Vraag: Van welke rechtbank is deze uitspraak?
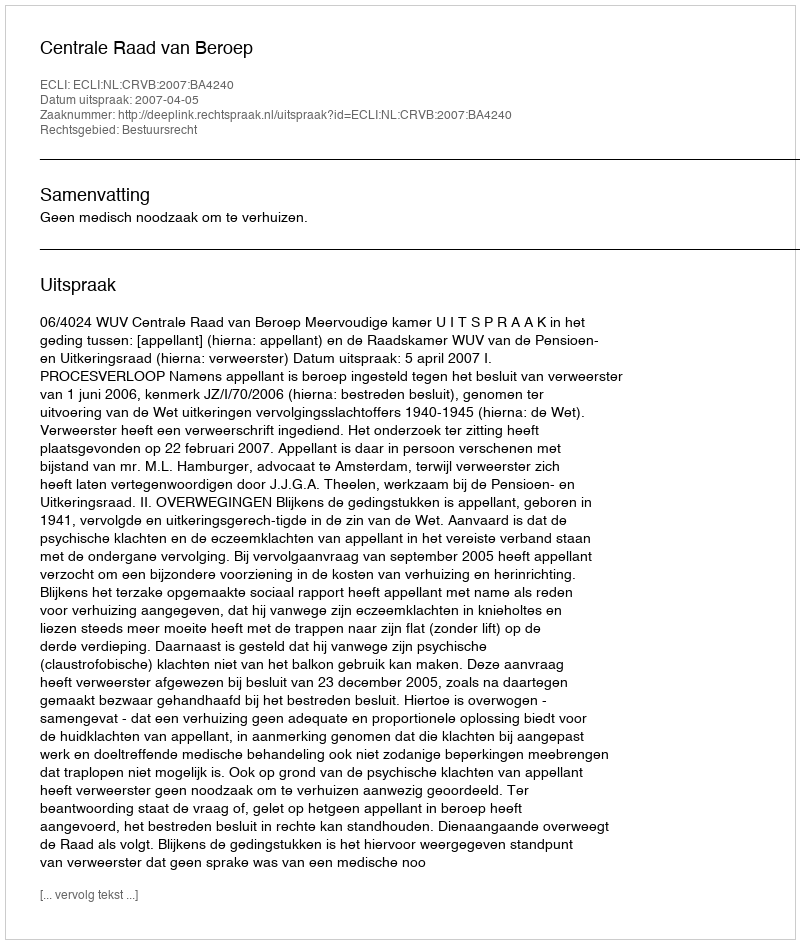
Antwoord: Centrale Raad van Beroep